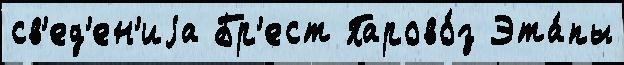
св'ед'ен'иjа Бр'ест Парово́з Эта́пы